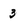
Character: 3